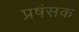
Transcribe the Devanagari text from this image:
प्रषंसक